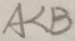
A < B